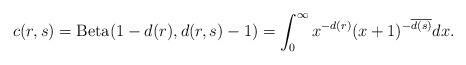
LaTeX: \begin{align*} c(r,s)=\operatorname{Beta}(1-d(r),d(r,s)-1)=\int_{0}^{\infty}x^{-d(r)}(x+1)^{-\overline{d(s)}}dx.\end{align*}